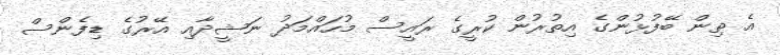
އެ ތިން ބޭފުޅުންގެ އިތުރުން ކުރީގެ ރައީސް މުހައްމަދު ނަޝީދާއި އޭރުގެ ޑިފެންސް